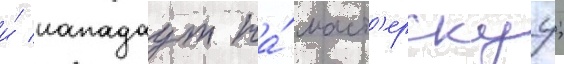
и́ нападаут на́ маст'ерскуу;